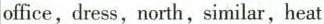
office,dress,north,similar,heat